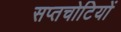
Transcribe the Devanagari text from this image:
सप्तचोटियों